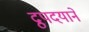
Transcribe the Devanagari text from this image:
द्रुपदयाने